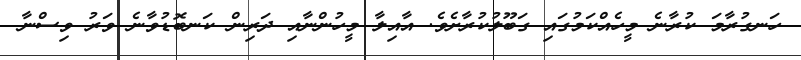
ހަނގުރާމަ ކުރާނެ މީހެއްކަމުގައި ގަބޫލުކުރާށެވެ. އާއިލާ މީހުންނާއި ދަރިން ކަނބޮޑުވާނެ ވަރު ވިސްނާ